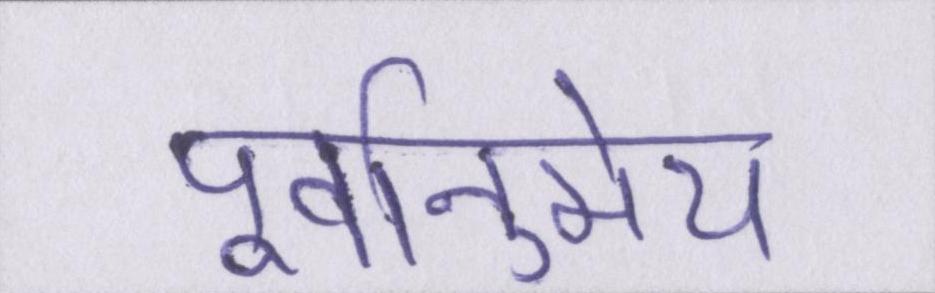
पूर्वानुमेय